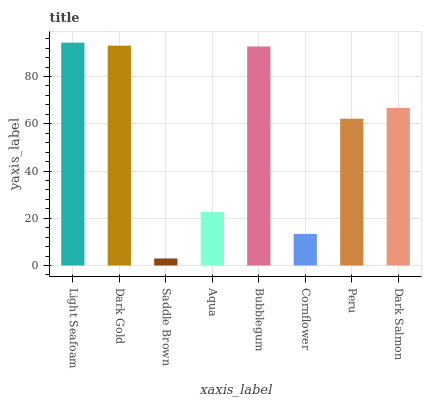
| xaxis_label | bars |
 | --- | --- |
 | Light Seafoam | 94.3 |
 | Dark Gold | 93.1 |
 | Saddle Brown | 2.97 |
 | Aqua | 22.7 |
 | Bubblegum | 92.7 |
 | Cornflower | 13.4 |
 | Peru | 62.1 |
 | Dark Salmon | 66.7 |